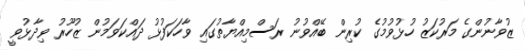
ޒުވާނުންގެ މަރުކަޒު ހުޅުވުމުގެ ކުރިން ބޭއްވުނު ރަސްމިއްޔާތުގައި ވާހަކަފުޅު ދައްކަވަމުން ޒުހޫރު ވިދާޅުވީ